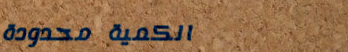
الكمية محدودة